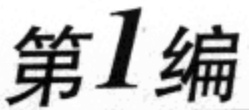
第1编